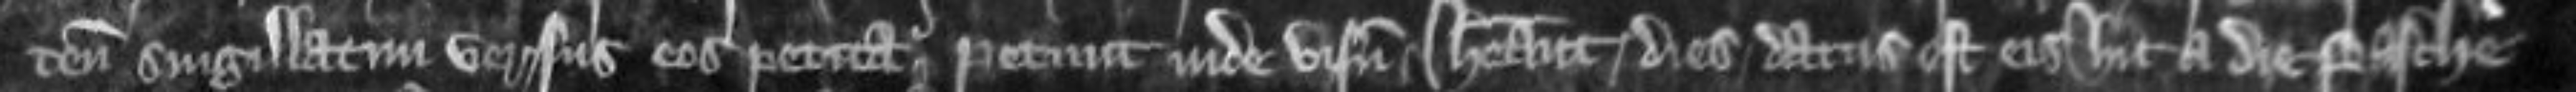
tenementa singillatim versus eos petita petunt inde visum habeant dies datus est eis hic a die Pasche